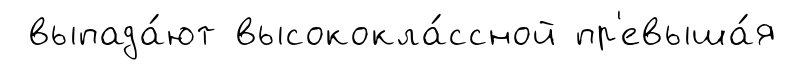
выпада́ют высококла́ссной пр'евыша́я